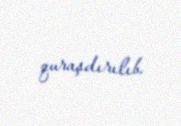
quraşdırılıb.